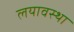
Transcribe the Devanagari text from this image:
लयावस्था